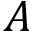
A